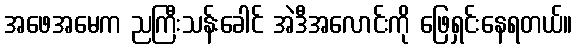
အဖေအမေက ညကြီးသန်းခေါင် အဲဒီအလောင်းကို ဖြေရှင်းနေရတယ်။